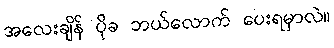
အလေးချိန် ပိုခ ဘယ်လောက် ပေးရမှာလဲ။